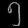
Digit: ၅